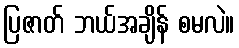
ပြဇာတ် ဘယ်အချိန် စမလဲ။